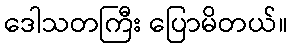
ဒေါသတကြီး ပြောမိတယ်။